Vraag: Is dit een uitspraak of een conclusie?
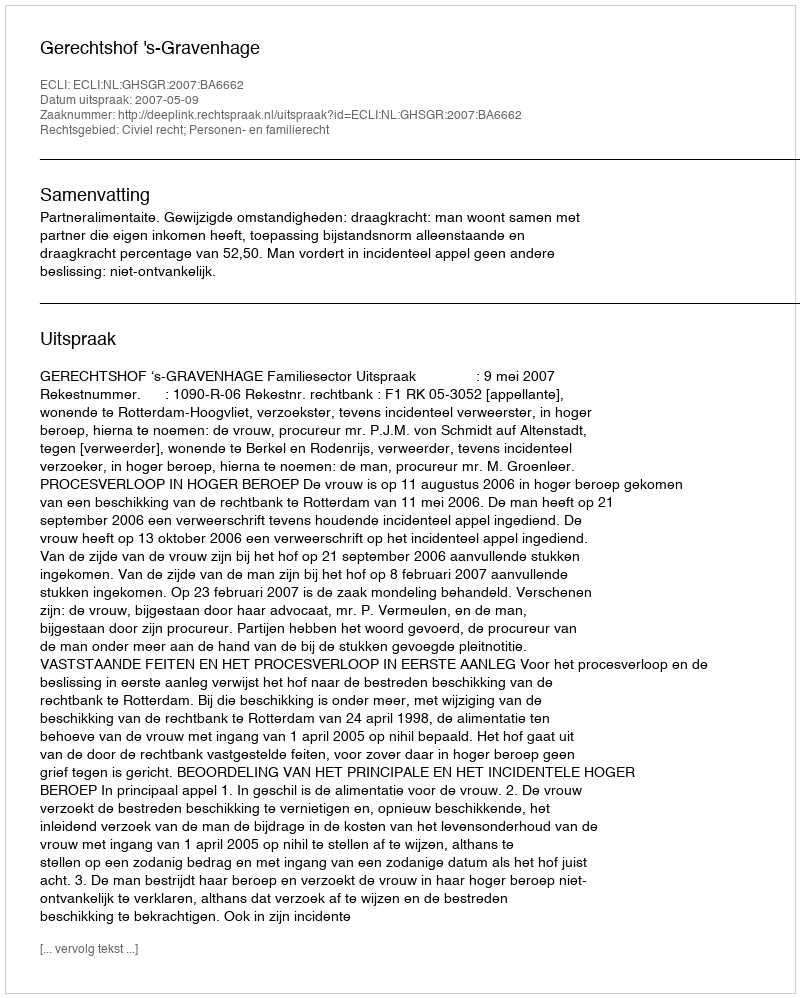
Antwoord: Uitspraak